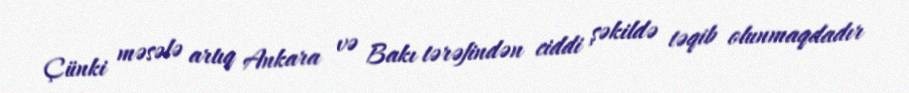
Çünki məsələ artıq Ankara və Bakı tərəfindən ciddi şəkildə təqib olunmaqdadır